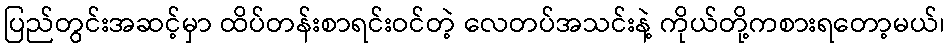
ပြည်တွင်းအဆင့်မှာ ထိပ်တန်းစာရင်းဝင်တဲ့ လေတပ်အသင်းနဲ့ ကိုယ်တို့ကစားရတော့မယ်၊